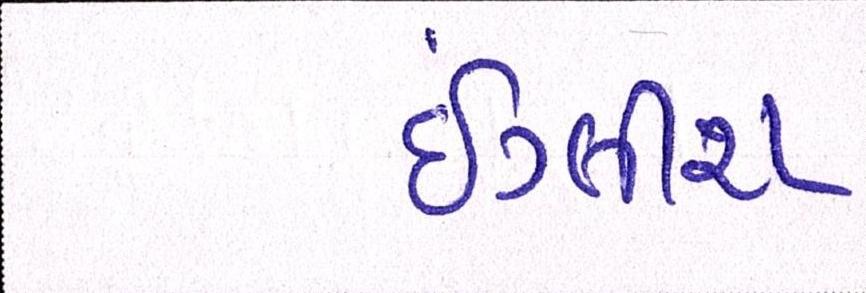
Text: ઇંગ્લીશ